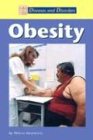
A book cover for Obesity (Diseases and Disorders); Melissa Abramovitz; Teen & Young Adult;